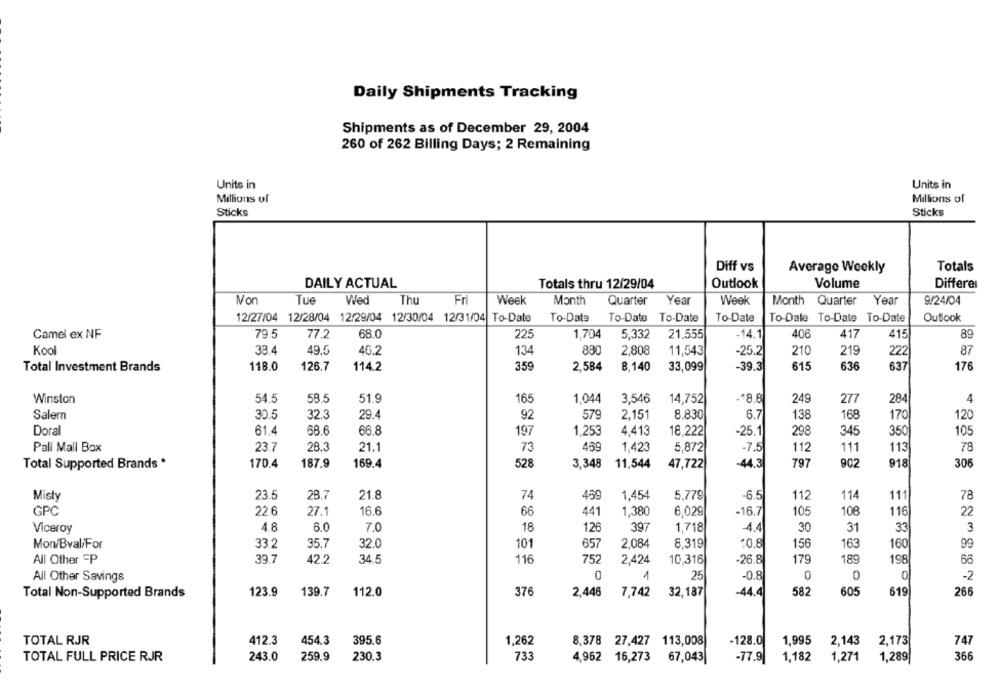
Daily Shipments Tracking
Shipments as of December 29, 2004
260 of 262 Billing Days; 2 Remaining
Units in
Units in
Millions of
Millions of
Sticks
Sticks
Diff vs
Average Weekly
Totals
DAILY ACTUAL
Totals thru 12/29/04
Outlook
Volume
Differer
Non
Tue
Wed
Thu
Fri
Week
Month
Quarter
Year
Week
Month Quarter
Year
9/24/04
12/27/04 12/28/04 12/29/04 12/30/04 12/31/04 To-Date
To-Date
To-Date To-Date
To-Date
To-Dale To-Date To-Date
Outlook
Camel ex NF
79.5
77.2
68.0
225
1.704
5,332
21,555
-14.1
406
417
415
89
Kool
33.4
49.5
46.2
134
830
2,808
11,543
-25.2
210
219
222
87
118.0
126.7
114.2
359
2,584
8,140
33,099
-39.3
615
636
637
176
Total Investment Brands
Winston
54.5
58.5
51.9
165
1.044
3,546
14,752
-18.8
249
277
284
4
32.3
29.4
579
2,151
6.7
Salem
30.5
92
8.830
138
168
170
120
Doral
61.4
68.6
66.8
197
1.253
4.413
18.222
-25.1
298
345
3.50
105
Pall Mall Box
23.7
28.3
21.1
73
469
1,423
5.872
-7.5
112
111
113
78
Total Supported Brands *
170.4
187.9
169.4
528
3,348
797
902
918
306
11,544
47,722
-44.3
Misty
23.5
28.7
21.8
74
459
1,454
5,779
-6.5
112
114
111
78
GPC
22.6
27.1
16.6
66
441
1,380
6,029
-16.7
105
108
116
22
Viceroy
4.8
6.0
7.0
18
126
397
1,718
-4.4
30
31
33
3
Mon/Bval/For
332
35.7
32.0
101
657
2,084
8,319
·0.8
156
163
160
99
All Other P
39.7
42.2
34.5
116
752
2,424
10,316
-26.8
179
189
198
66
0
1
0
0
All Other Savings
25
-0.8
0
-2
Total Non-Supported Brands
123.9
139.7
112.0
376
2,446
7,742
32,187
-44.4
582
605
619
266
TOTAL RJR
412.3
454.3
395.6
1,262
8,378 27,427 113,008
-128.0
1,995
2,143
2,173
747
TOTAL FULL PRICE RJR
243.0
259.9
230.3
733
4,962 16,273 67,043|
67,043
-77.9
1,182
1,271
1,289
366